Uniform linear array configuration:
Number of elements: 24
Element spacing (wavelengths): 1
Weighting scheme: exponential
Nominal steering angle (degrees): -30
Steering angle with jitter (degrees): -31.492
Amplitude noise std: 0.05
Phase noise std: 0.05

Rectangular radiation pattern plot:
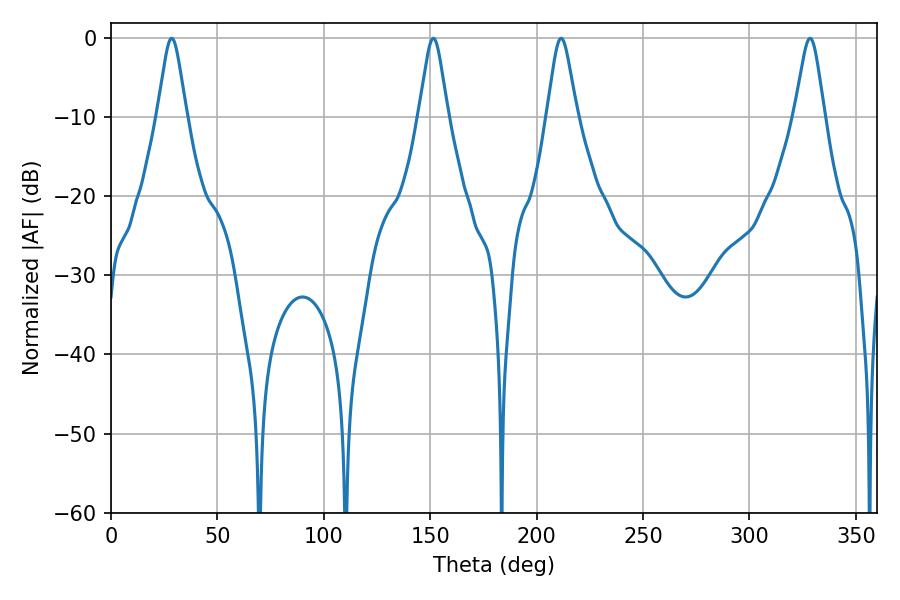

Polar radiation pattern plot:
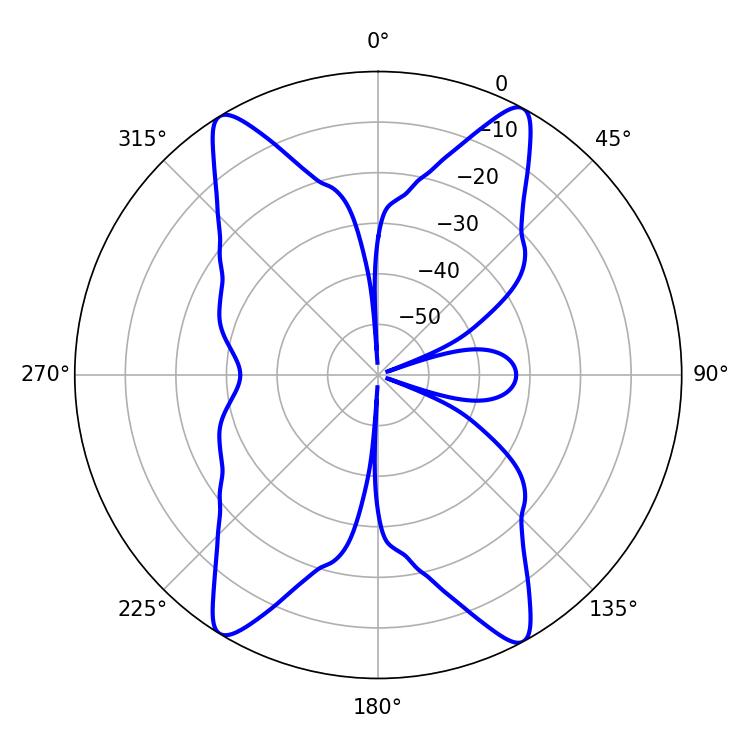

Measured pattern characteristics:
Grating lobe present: TRUE
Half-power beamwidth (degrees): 6.66
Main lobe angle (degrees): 211.5